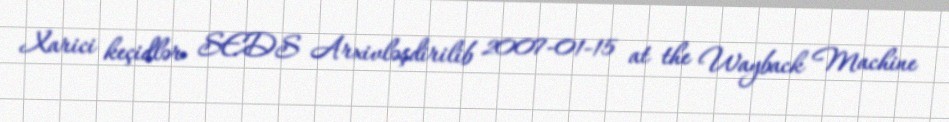
Xarici keçidlər SEDS Arxivləşdirilib 2007-01-15 at the Wayback Machine